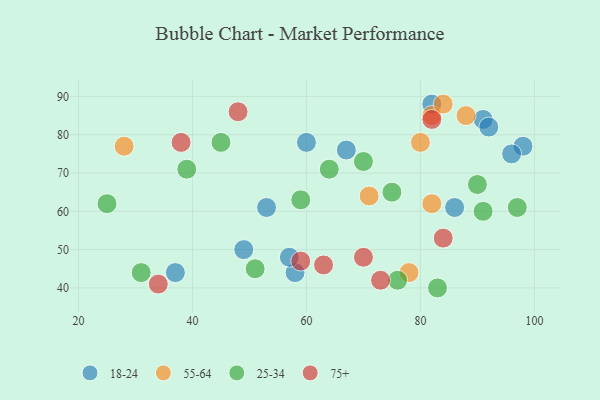
{"axis": {"x": "GDP", "y": "Life Expectancy"}, "legend": ["18-24", "25-34", "55-64", "75+"], "data": [{"x": "37", "y": 44, "type": "18-24"}, {"x": "91", "y": 84, "type": "18-24"}, {"x": "86", "y": 61, "type": "18-24"}, {"x": "67", "y": 76, "type": "18-24"}, {"x": "92", "y": 82, "type": "18-24"}, {"x": "58", "y": 44, "type": "18-24"}, {"x": "98", "y": 77, "type": "18-24"}, {"x": "49", "y": 50, "type": "18-24"}, {"x": "53", "y": 61, "type": "18-24"}, {"x": "96", "y": 75, "type": "18-24"}, {"x": "82", "y": 88, "type": "18-24"}, {"x": "57", "y": 48, "type": "18-24"}, {"x": "60", "y": 78, "type": "18-24"}, {"x": "80", "y": 78, "type": "55-64"}, {"x": "88", "y": 85, "type": "55-64"}, {"x": "82", "y": 85, "type": "55-64"}, {"x": "28", "y": 77, "type": "55-64"}, {"x": "71", "y": 64, "type": "55-64"}, {"x": "82", "y": 62, "type": "55-64"}, {"x": "78", "y": 44, "type": "55-64"}, {"x": "84", "y": 88, "type": "55-64"}, {"x": "76", "y": 42, "type": "25-34"}, {"x": "25", "y": 62, "type": "25-34"}, {"x": "70", "y": 73, "type": "25-34"}, {"x": "45", "y": 78, "type": "25-34"}, {"x": "51", "y": 45, "type": "25-34"}, {"x": "39", "y": 71, "type": "25-34"}, {"x": "91", "y": 60, "type": "25-34"}, {"x": "83", "y": 40, "type": "25-34"}, {"x": "64", "y": 71, "type": "25-34"}, {"x": "59", "y": 63, "type": "25-34"}, {"x": "90", "y": 67, "type": "25-34"}, {"x": "31", "y": 44, "type": "25-34"}, {"x": "75", "y": 65, "type": "25-34"}, {"x": "97", "y": 61, "type": "25-34"}, {"x": "70", "y": 48, "type": "75+"}, {"x": "48", "y": 86, "type": "75+"}, {"x": "84", "y": 53, "type": "75+"}, {"x": "82", "y": 84, "type": "75+"}, {"x": "59", "y": 47, "type": "75+"}, {"x": "34", "y": 41, "type": "75+"}, {"x": "63", "y": 46, "type": "75+"}, {"x": "38", "y": 78, "type": "75+"}, {"x": "73", "y": 42, "type": "75+"}]}